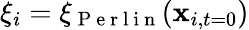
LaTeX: \xi_{i}=\xi_{\mathrm{~P~e~r~l~i~n~}}(\textbf{x}_{i,t=0})